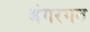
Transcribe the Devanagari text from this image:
अंगरगत